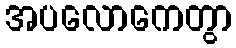
အပလောကေတွာ